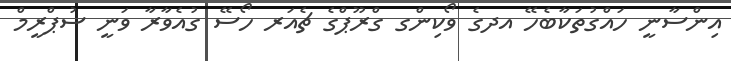
އިންސާނީ ހައްގުތަކާބެހޭ އދގެ ވޯކިންގ ގްރޫޕްގެ ޗެއަރ ހޯސޭ ގުއެވާރާ ވަނީ ސުޕްރީމް